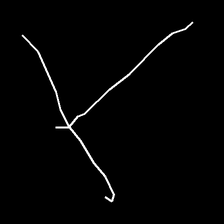
Glyph: column